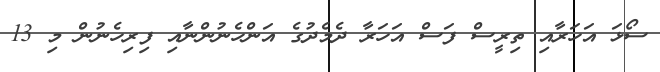
ސޯޅަ އަހަރާއި ތިރީސް ފަސް އަހަރާ ދެމެދުގެ އަންހެނުންނާއި ފިރިހެނުން މި 13